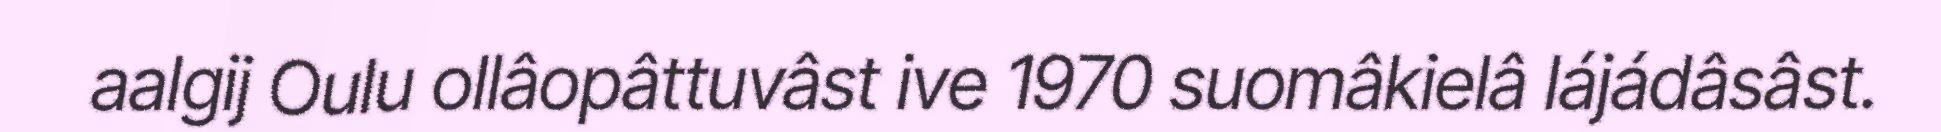
aalgij Oulu ollâopâttuvâst ive 1970 suomâkielâ lájádâsâst.